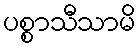
ပစ္စာသီသာမိ